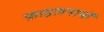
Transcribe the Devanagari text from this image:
फ़ाइलनामों